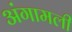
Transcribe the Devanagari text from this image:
अंगामली